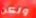
ولكن